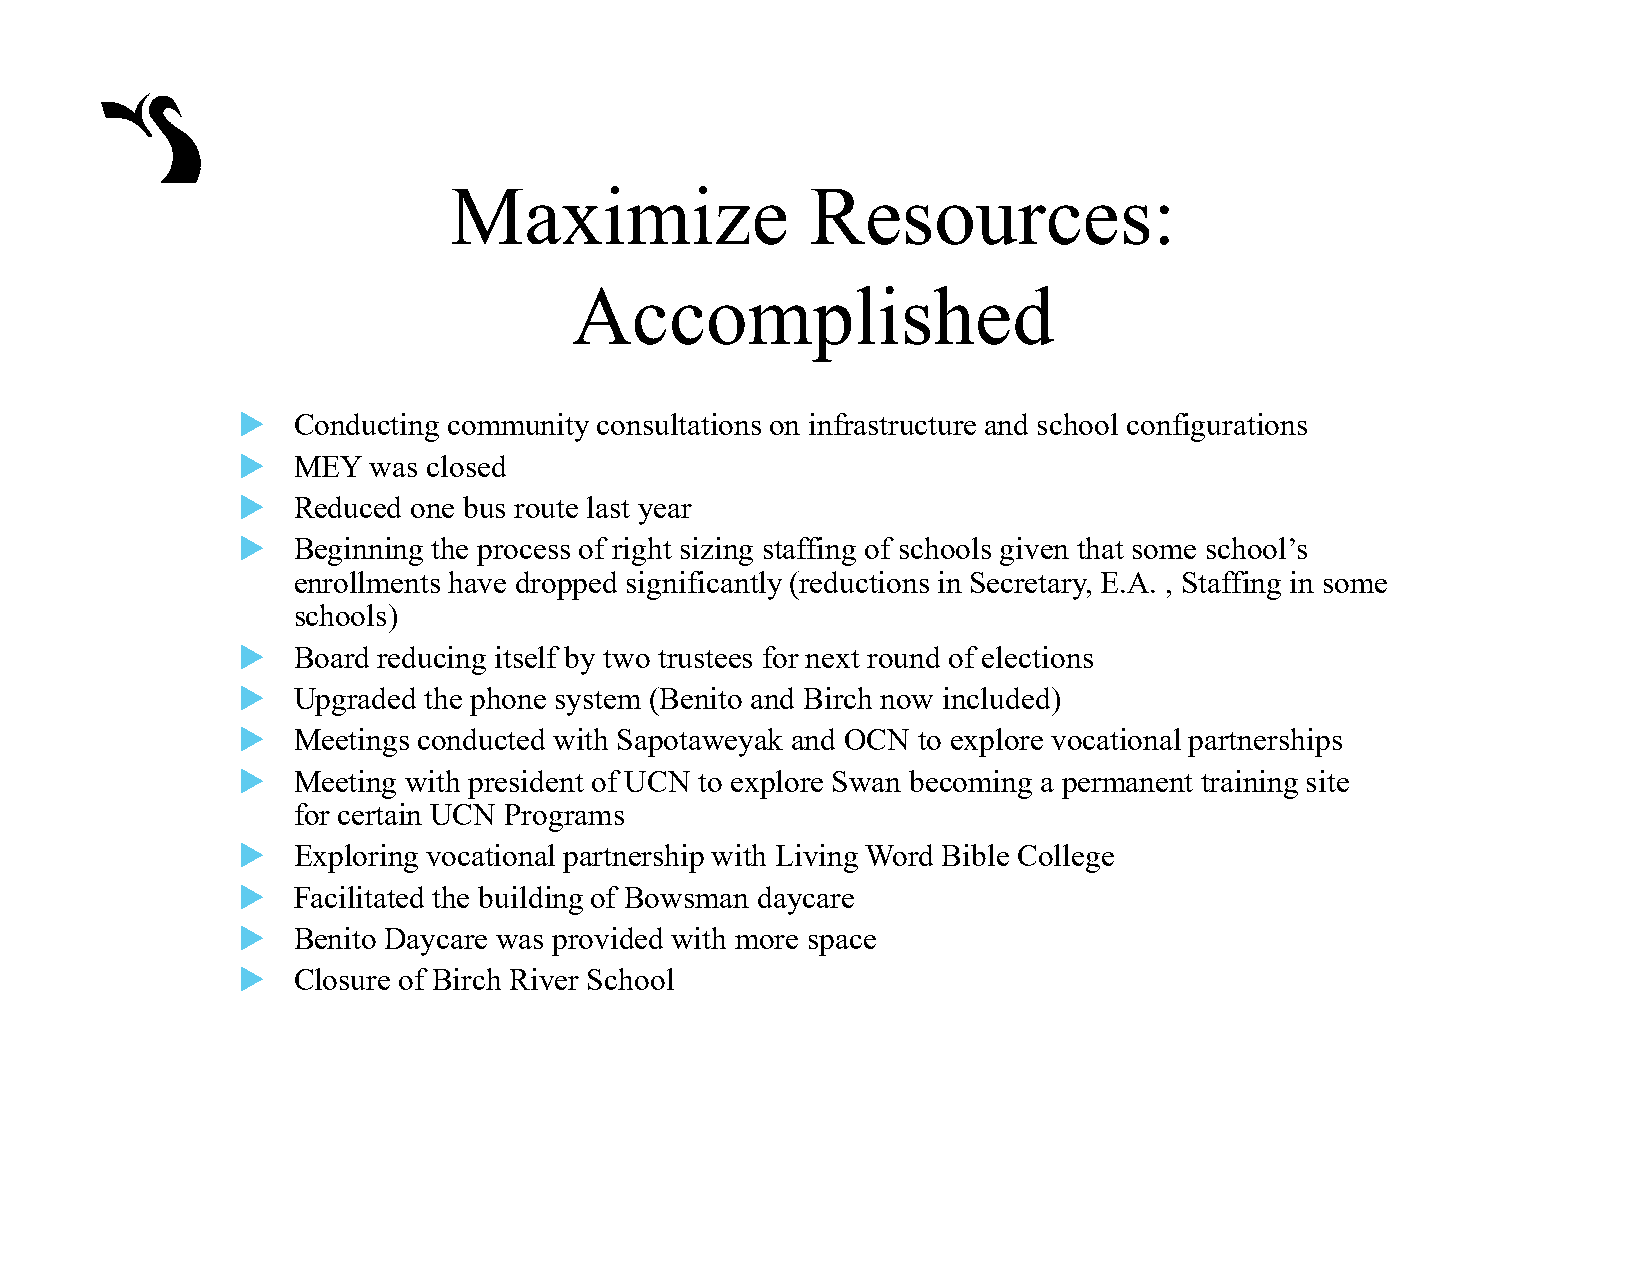
Maximize                Resources:
 Accomplished
   Conducting community consultations on infrastructure and school configurations
   MEY  was closed
   Reduced one bus route last year
   Beginning the process of right sizing staffing of schools given that some school’s
 enrollments have dropped significantly (reductions in Secretary, E.A. , Staffing in some
 schools)
   Board reducing itself by two trustees for next round of elections
   Upgraded the phone system (Benito and Birch now included)
   Meetings conducted with Sapotaweyak and OCN to explore vocational partnerships
   Meeting with president of UCN to explore Swan becoming a permanent training site
 for certain UCN Programs
   Exploring vocational partnership with Living Word Bible College
   Facilitated the building of Bowsman daycare
   Benito Daycare was provided with more space
   Closure of Birch River School